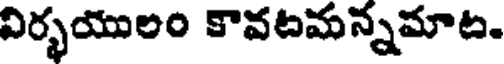
విర్భయులం కావటమన్నమాట.